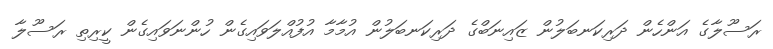
ރަސޫލާގެ އަންހެން ދަރިކަނބަލުން ޒައިނަބްގެ ދަރިކަނބަލުން އުމާމާ އުފުއްލަވައިގެން ހުންނަވައިގެން ކީރިތި ރަސޫލާ